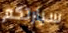
سيارتكم